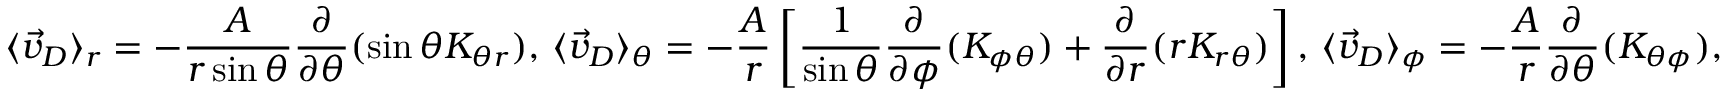
\langle \vec { v } _ { D } \rangle _ { r } = - \frac { A } { r \sin \theta } \frac { \partial } { \partial \theta } ( \sin \theta K _ { \theta r } ) , \, \langle \vec { v } _ { D } \rangle _ { \theta } = - \frac { A } { r } \left[ \frac { 1 } { \sin \theta } \frac { \partial } { \partial \phi } ( K _ { \phi \theta } ) + \frac { \partial } { \partial r } ( r K _ { r \theta } ) \right] , \, \langle \vec { v } _ { D } \rangle _ { \phi } = - \frac { A } { r } \frac { \partial } { \partial \theta } ( K _ { \theta \phi } ) ,